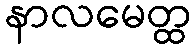
နာလမေတ္ထ